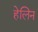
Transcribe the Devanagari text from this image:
हेलिन